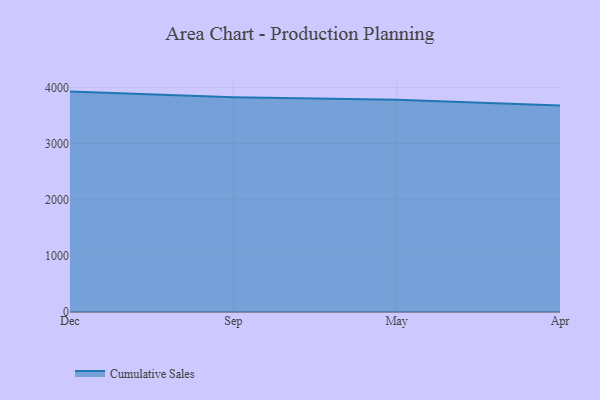
{"axis": {"x": "Month", "y": "Conversion Rate (%)"}, "legend": ["Cumulative Sales"], "data": [{"x": "Dec", "y": 3925.4, "type": "Cumulative Sales"}, {"x": "Sep", "y": 3824.9, "type": "Cumulative Sales"}, {"x": "May", "y": 3779.1, "type": "Cumulative Sales"}, {"x": "Apr", "y": 3677.8, "type": "Cumulative Sales"}]}